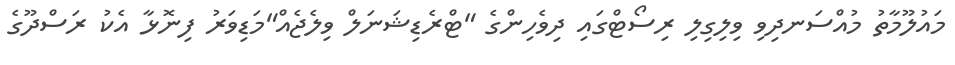
މައުލޫމާތު މުއްސަނދިވި ވިލިގިލި ރިސޯޓްގައި ދިވެހިންގެ "ޓްރެޑިޝަނަލް ވިލެޖެއް"މަޑިވަރު ފިނޮޅާ އެކު ރަސްދޫގެ